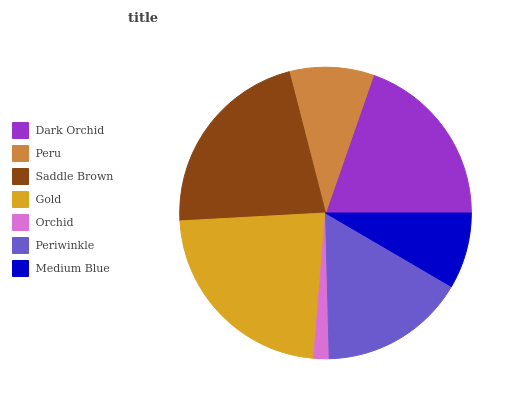
| Dark Orchid | Peru | Saddle Brown | Gold | Orchid | Periwinkle | Medium Blue |
 | --- | --- | --- | --- | --- | --- | --- |
 | 19.7% | 9.34% | 21.8% | 22.8% | 1.72% | 16.2% | 8.42% |